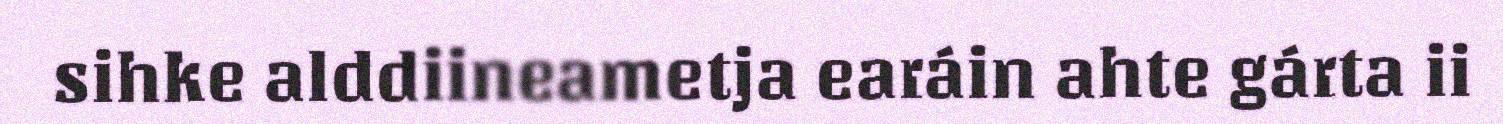
sihke alddiineametja earáin ahte gárta ii